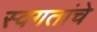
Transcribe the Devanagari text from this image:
स्वगतांचे